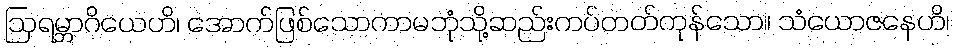
ဩရမ္ဘာဂိယေဟိ၊ အောက်ဖြစ်သောကာမဘုံသို့ဆည်းကပ်တတ်ကုန်သော။ သံယောဇနေဟိ၊